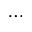
\dots